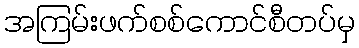
အကြမ်းဖက်စစ်ကောင်စီတပ်မှ